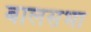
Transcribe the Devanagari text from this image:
बालसभा